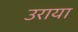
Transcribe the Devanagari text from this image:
उराया